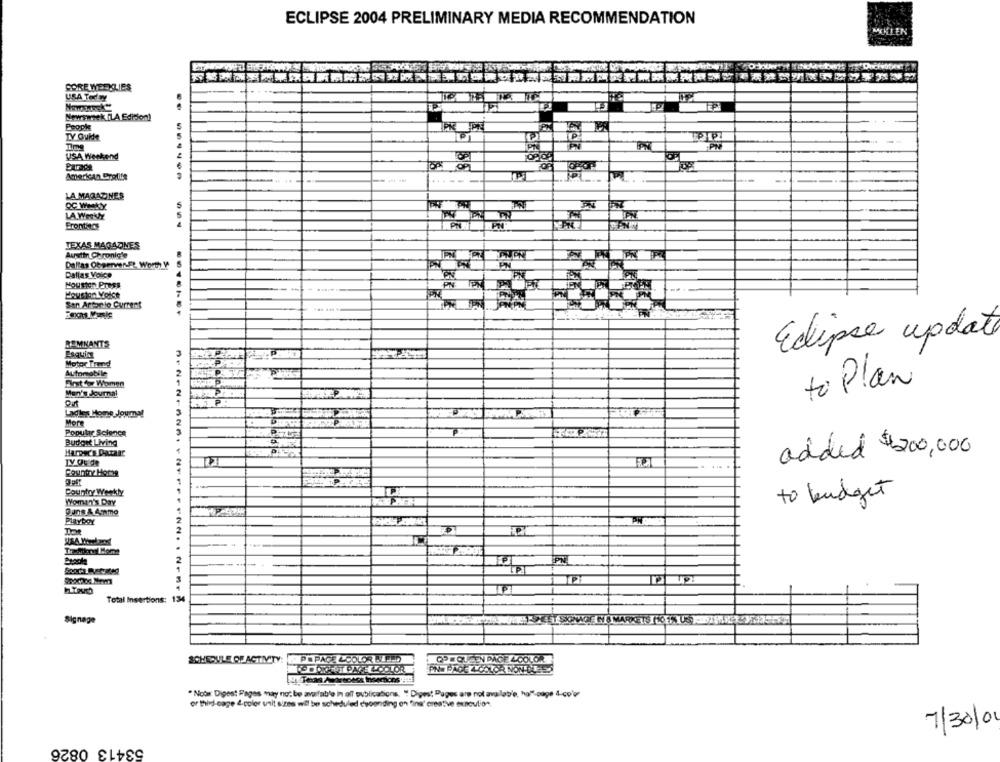
ECLIPSE 2004 PRELIMINARY MEDIA RECOMMENDATION
MOLLEN
CORE WEEKLIES
USA Today
Newsweek ILA Edision!
-
Peopk
LY Guide
PN
-
USA Weekend
American Brotte
........
----
LA MAGAZINES
LA Weekly
Erontsos
PN
TEXAS MAGAZINES
Austin Chronic'e
IPN
Dallas Observer-Ft Worth W
Dallas Voice
Houston Press
--
San Antonio Current
Eclipse update
REMNANTS
Esquina
Motor Trend
Automobile
P
First dor Women
to Plan
Men's Journal
LadiesHere-Jour!
More
Popular Science
Budget Living
Harper's Dataar
added $200,000
Country Werkly
Women's Day
to budget
PLAYBOY
PW
Total Insertions: 134
Signage
SCHEDULE OF ACTIVITY: S PE PAGE LCOLOR BLEED
QPEQUEEN BAGE & COLOR
* Not Digest Pages may not be available in all publications. " Digest Pages are not available, ha"-page 4-co'or
or third-cage &-color unit sizes wil be scheduled d'youriding on "ina' creative enculio*
7/30/01
53413 0826